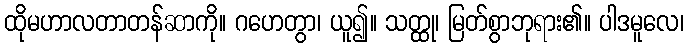
ထိုမဟာလတာတန်ဆာကို။ ဂဟေတွာ၊ ယူ၍။ သတ္ထု၊ မြတ်စွာဘုရား၏။ ပါဒမူလေ၊